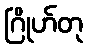
ဂြိုဟ်တု